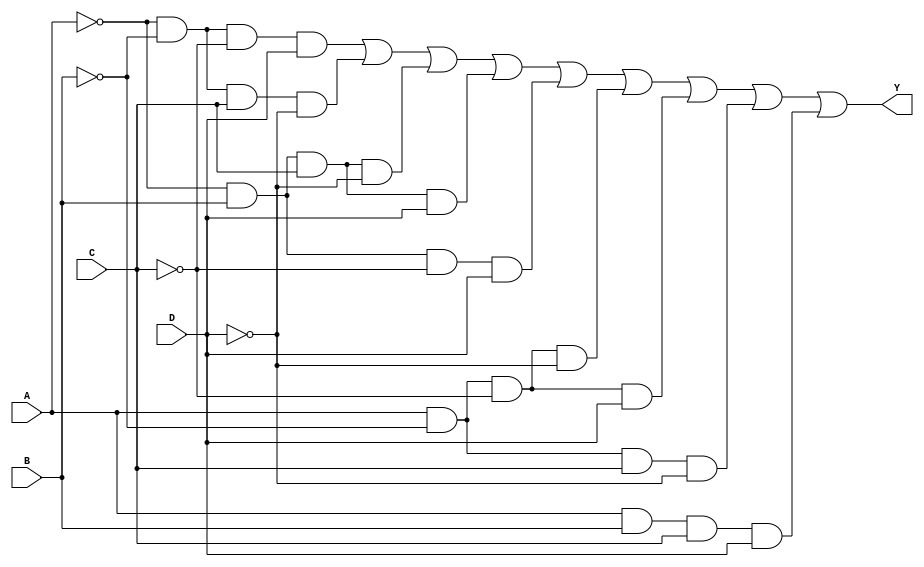
module combinational_logic (
    input wire A,  // Input A
    input wire B,  // Input B
    input wire C,  // Input C
    input wire D,  // Input D
    output wire Y  // Output Y
);

    // Internal wire to represent the conditions for the output
    wire m1, m2, m5, m6, m7, m8, m9, m10, m14;

    // Generate minterm conditions based on the truth table
    assign m1  = ~A & ~B & ~C & D;  // Minterm 1
    assign m2  = ~A & ~B & C & ~D;  // Minterm 2
    assign m5  = ~A & B & C & ~D;   // Minterm 5
    assign m6  = ~A & B & C & D;    // Minterm 6
    assign m7  = ~A & B & ~C & D;   // Minterm 7
    assign m8  = A & ~B & ~C & ~D;   // Minterm 8
    assign m9  = A & ~B & ~C & D;    // Minterm 9
    assign m10 = A & ~B & C & ~D;     // Minterm 10
    assign m14 = A & B & C & D;       // Minterm 14

    // Output logic: Y is true if any of the minterms are true
    assign Y = m1 | m2 | m5 | m6 | m7 | m8 | m9 | m10 | m14;

endmodule